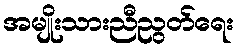
အမျိုးသားညီညွတ်ရေး